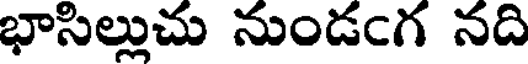
భాసిల్లుచు నుండంగ నది